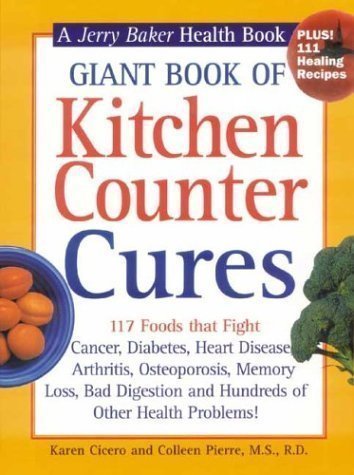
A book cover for Giant Book of Kitchen Counter Cures: 117 Foods That Fight Cancer, Diabetes, Heart Disease, Arthritis, Osteoporosis, Memory Loss, Bad Digestion and ... Problems! (Jerry Baker Good Health series) by Cicero, Karen, Pierre MS RD, Colleen published by American Master Products, Inc. (2001) Hardcover; Health, Fitness & Dieting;